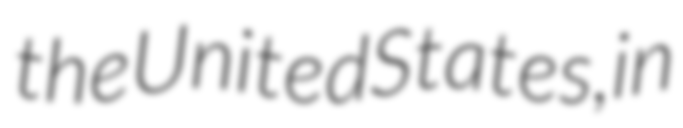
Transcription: the United States, in